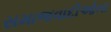
સમાજવાદીઓના